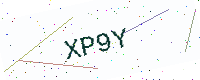
Text: XP9Y